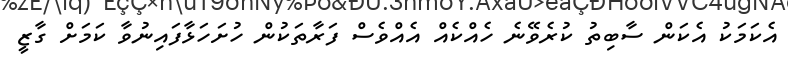
އެކަމަކު އެކަން ސާބިތު ކުރެވޭނެ ހެއްކެއް އެއްވެސް ފަރާތަކުން ހުށަހަޅާފައިނުވާ ކަމަށް ގާޒީ